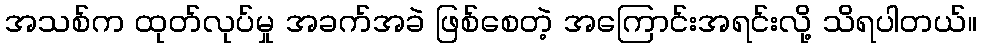
အသစ်က ထုတ်လုပ်မှု အခက်အခဲ ဖြစ်စေတဲ့ အကြောင်းအရင်းလို့ သိရပါတယ်။